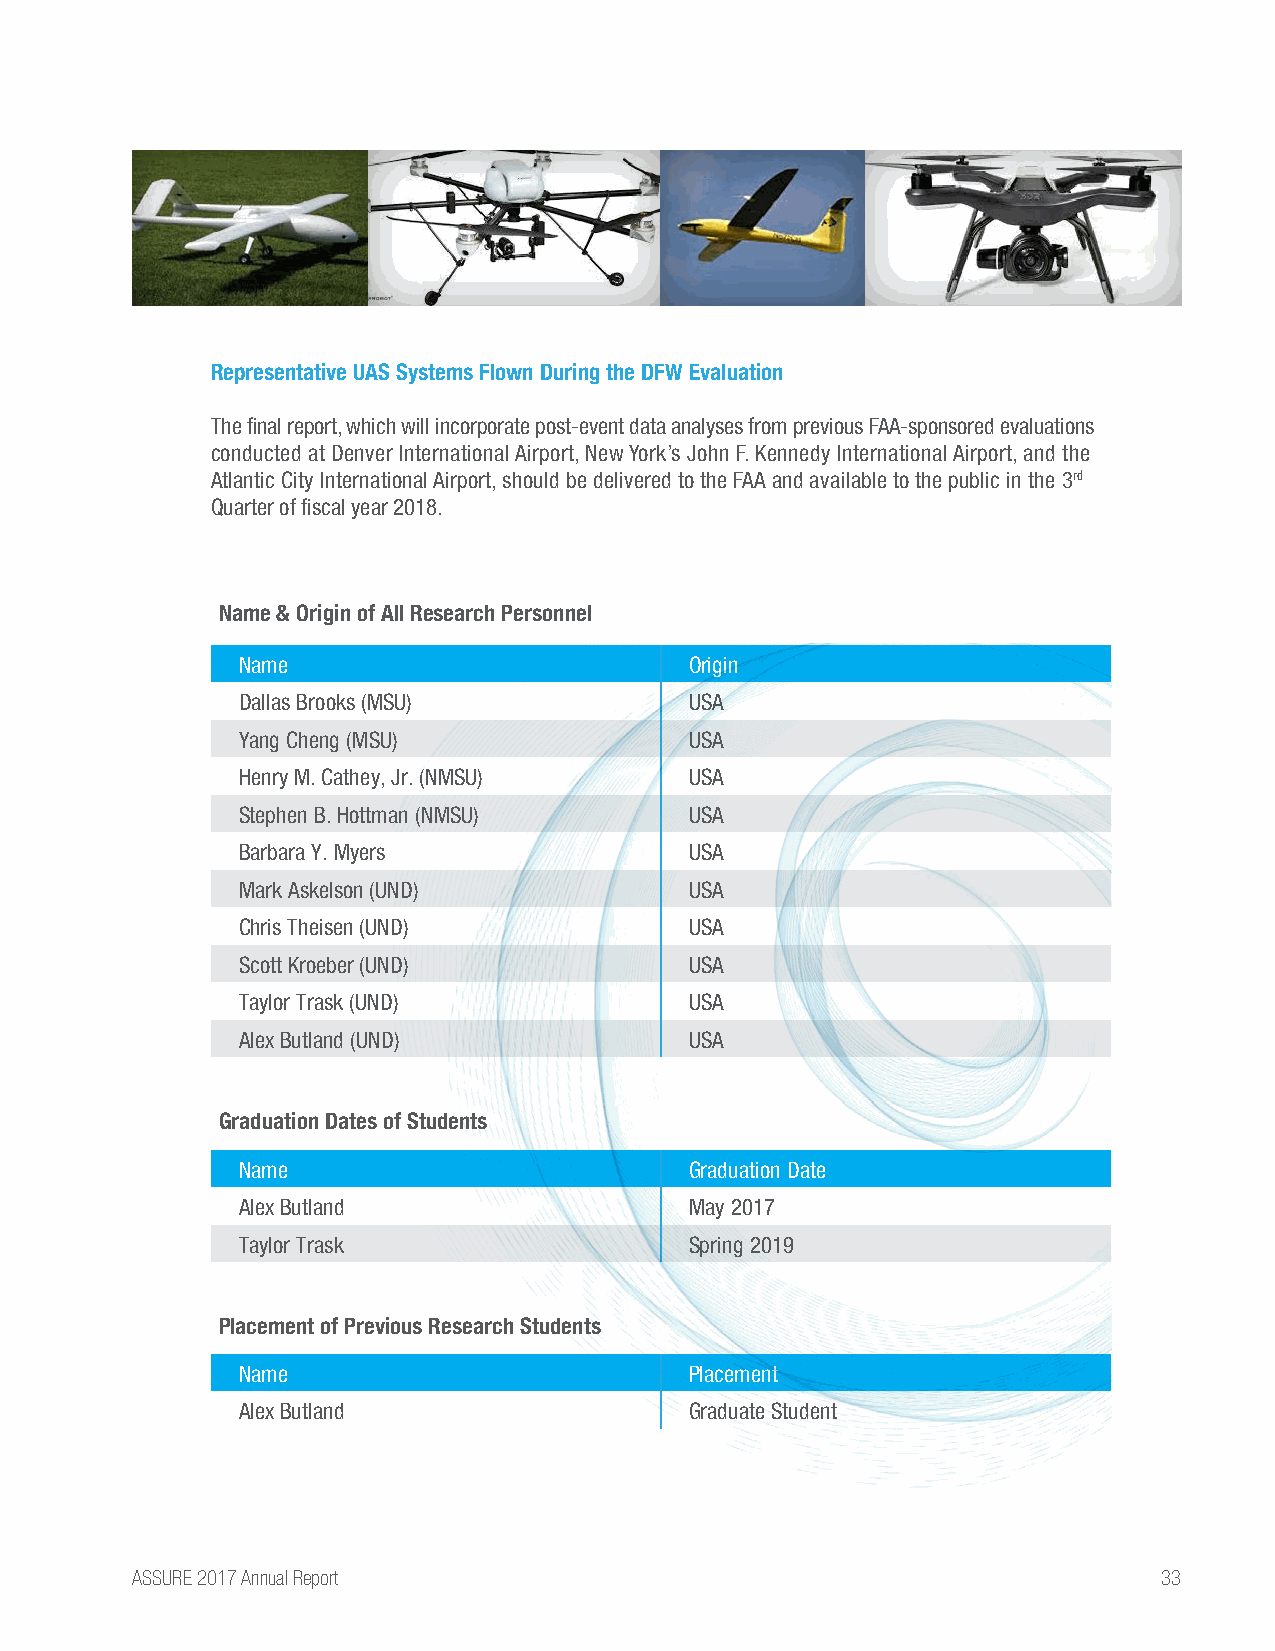
Representative UAS Systems Flown During the DFW Evaluation
 The final report, which will incorporate post-event data analyses from previous FAA-sponsored evaluations
 conducted at Denver International Airport, New York’s John F. Kennedy International Airport, and the
 Atlantic City International Airport, should be delivered to the FAA and available to the public in the 3rd
 Quarter of fiscal year 2018.
 Name & Origin of All Research Personnel
 Name                          Origin
 Dallas Brooks (MSU)           USA
 Yang Cheng (MSU)              USA
 Henry M. Cathey, Jr. (NMSU)   USA
 Stephen B. Hottman (NMSU)     USA
 Barbara Y. Myers              USA
 Mark Askelson (UND)           USA
 Chris Theisen (UND)           USA
 Scott Kroeber (UND)           USA
 Taylor Trask (UND)            USA
 Alex Butland (UND)            USA
 Graduation Dates of Students
 Name                          Graduation Date
 Alex Butland                  May 2017
 Taylor Trask                  Spring 2019
 Placement of Previous Research Students
 Name                          Placement
 Alex Butland                  Graduate Student
 ASSURE 2017 Annual Report                                           33